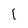
Character: 1